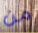
من